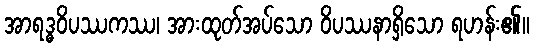
အာရဒ္ဓဝိပဿကဿ၊ အားထုတ်အပ်သော ဝိပဿနာရှိသော ရဟန်း၏။